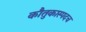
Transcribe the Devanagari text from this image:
कौतुकास्पदच